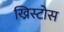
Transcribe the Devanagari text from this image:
ख्रिस्टोस